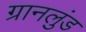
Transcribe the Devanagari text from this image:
ग्रानलुंड